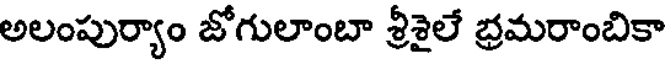
అలంపుర్యాం జోగులాంబా శ్రీశైలే భ్రమరాంబికా